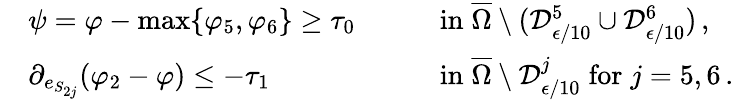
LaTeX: \begin{array}{rlrl}&{\psi=\varphi-\operatorname*{max}\{ \varphi_{5},\varphi_{6}\} \geq\tau_{0}\quad}&&{\mathrm{in}\; \overline{{\Omega}}\setminus(\mathcal{D}_{\epsilon/10}^{5}\cup\mathcal{D}_{\epsilon/10}^{6})\, ,}\\ &{\partial_{e_{S_{2j}}}(\varphi_{2}-\varphi)\leq-\tau_{1}\quad}&&{\mathrm{in}\; \overline{{\Omega}}\setminus\mathcal{D}_{\epsilon/10}^{j}\; \mathrm{for}\; j=5,6\, .}\end{array}